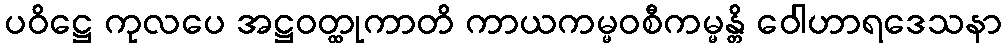
ပဝိဋ္ဌေ ကုလပေ အဋ္ဌဝတ္ထုကာတိ ကာယကမ္မဝစီကမ္မန္တိ ဝေါဟာရဒေသနာ